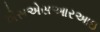
એસએસઆરઆઇ